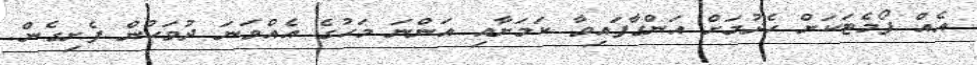
އެއް ފޯމެޓަކަށް ހެދުމަށް އަންގާފައިވާ ކަަމަށާއި އަންނަ މަހުގެ އެއްވަނަ ދުވަހުން ފެށިގެން